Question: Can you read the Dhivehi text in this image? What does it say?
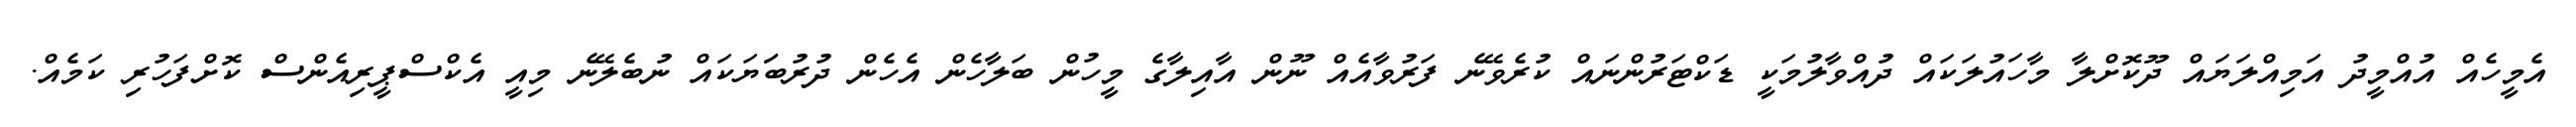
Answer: އެމީހެއް އުއްމީދު އަމިއްލަޔައް ދޫކޮށްލާ މާހައުލަކައް ދުއްވާލުމަކީ ޑަކްޓަރުންނައް ކުރެވޭނެ ފަރުވާއެއް ނޫން އާއިލާގެ މީހުން ބަލާހެން އެހެން ދުރުބަަޔަކައް ނުބެލޭނެ މިއީ އެކްސްޕީރިއެންސް ކޮށްފަހުރި ކަމެއް.